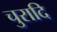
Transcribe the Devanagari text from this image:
चुरादि